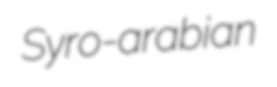
Syro-arabian